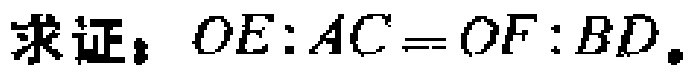
求证：$OE:AC = OF:BD$。